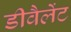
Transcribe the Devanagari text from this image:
डीवैलेंट